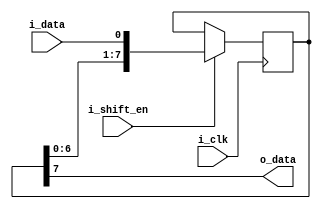
module parallel_in_serial_out_reg (
    input i_clk,
    input i_data,
    input i_shift_en,
    output reg o_data
);

reg [7:0] reg_data;

always @(posedge i_clk) begin
    if (i_shift_en) begin
        reg_data <= {reg_data[6:0], i_data};
    end
end

assign o_data = reg_data[7];

endmodule